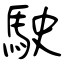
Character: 駛